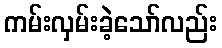
ကမ်းလှမ်းခဲ့သော်လည်း